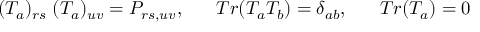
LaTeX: ( T _ { a } ) _ { r s } \; ( T _ { a } ) _ { u v } = P _ { r s , u v } , \; \; \; \; \; \; T r ( T _ { a } T _ { b } ) = \delta _ { a b } , \; \; \; \; \; \; T r ( T _ { a } ) = 0